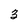
Character: 3